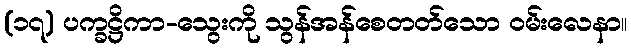
(၁၇) ပက္ခဋ္ဌိကာ-သွေးကို သွန်အန်စေတတ်သော ဝမ်းလေနာ။